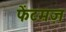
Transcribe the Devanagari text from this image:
फेंटमज़